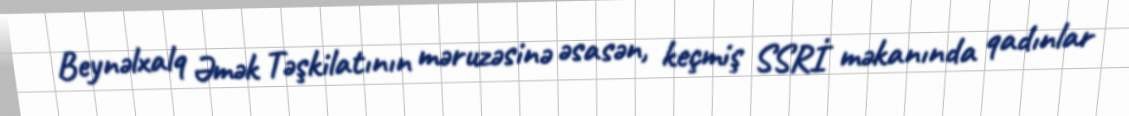
Beynəlxalq Əmək Təşkilatının məruzəsinə əsasən, keçmiş SSRİ məkanında qadınlar